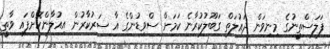
ފަލަސްތީނުގެ މިނިވަން ދައުލަތް ގަބޫލުކުރާނެ ކަމަށް ސްވިޑުންގެ އާ ސަރުކާރުން އިއުލާންކޮށްފައި ވާތީ